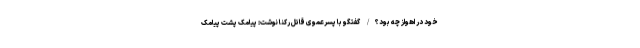
خود در اهواز چه بود؟/ گفتگو با پسرعموی قاتل رکنا نوشت: پیامک پشت پیامک